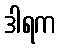
ဒါရက